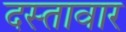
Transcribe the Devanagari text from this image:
दस्तावार